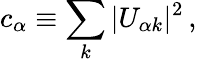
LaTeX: c_{\alpha}\equiv\sum_{k}|U_{{\alpha}k}|^{2}\, ,